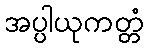
အပ္ပါယုကတ္တံ